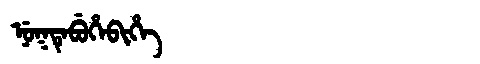
Manchu: ᠨᡠᡴᡨᡝᠪᡠᡥᡝᠪᡳᡥᡝ
Romanization: NUKTEBUHEBIHE